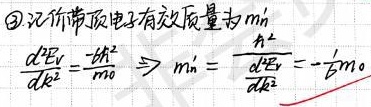
\textcircled{3}记价带顶电子有效质量为\(m_{n}^{*}\)，\(\frac{d^{2}E_{V}}{dk^{2}} = \frac{-\hbar^{2}}{m_{0}} \Rightarrow m_{n}^{*} = \frac{d^{2}E_{V}}{dk^{2}}= -\frac{1}{\beta}m_{0}\)